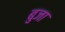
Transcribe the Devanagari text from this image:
बुजा